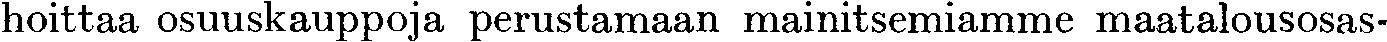
hoittaa osuuskauppoja perustamaan mainitsemiamme maatalousosas-